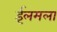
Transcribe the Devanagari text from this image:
ईलमला